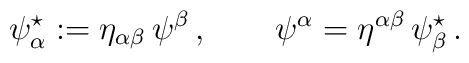
\psi^{\star}_{\alpha} :=  \eta_{\alpha\beta}\,\psi^{\beta}\,,\qquad \psi^{\alpha} =\eta^{\alpha\beta}\,\psi^{\star}_{\beta} \, .